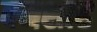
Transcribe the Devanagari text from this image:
बमशाह